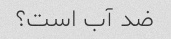
ضد آب است؟